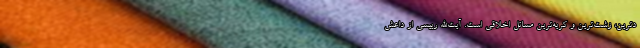
دترین، زشت‌ترین و کریه‌ترین مسائل اخلاقی است. آیت‌الله رییسی از داعش